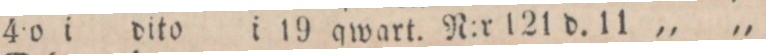
4:o i dito i 19 qwart. N:r 121 d. 11 „ „